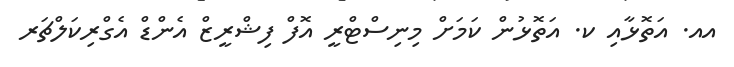
އއ. އަތޮޅާއި ކ. އަތޮޅުން ކަމަށް މިނިސްޓްރީ އޮފް ފިޝްރީޒް އެންޑް އެގްރިކަލްޗަރ